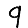
Digit: 9